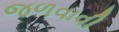
જળવાવી